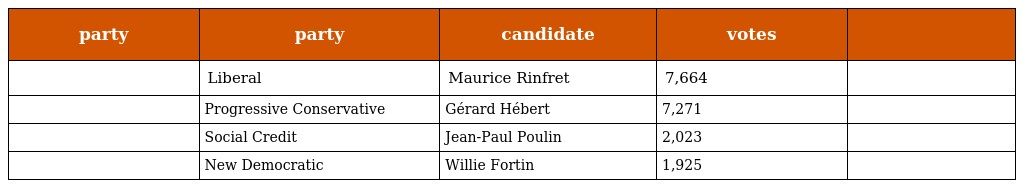
| party | party | candidate | votes |  |
 | --- | --- | --- | --- | --- |
 |  | Liberal | Maurice Rinfret | 7,664 |  |
 |  | Progressive Conservative | Gérard Hébert | 7,271 |  |
 |  | Social Credit | Jean-Paul Poulin | 2,023 |  |
 |  | New Democratic | Willie Fortin | 1,925 |  |